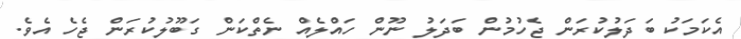
އެކަމަކު ބަދަލުކުރަން ޖެހުމުން ބަދަލު ނޫން ހައްލެއް ނެތްކަން ގަބޫލުކުރަން ޖެހެ އެވެ.